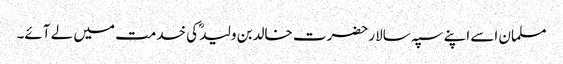
مسلمان اسے اپنے سپہ سالار حضرت خالدبن ولیدؓ کی خدمت میں لے آئے۔